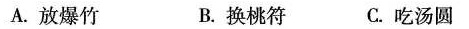
A.放爆竹 B.换桃符 C.吃汤圆